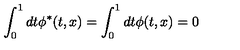
\int _ { 0 } ^ { 1 } d t \phi ^ { * } ( t , x ) = \int _ { 0 } ^ { 1 } d t \phi ( t , x ) = 0